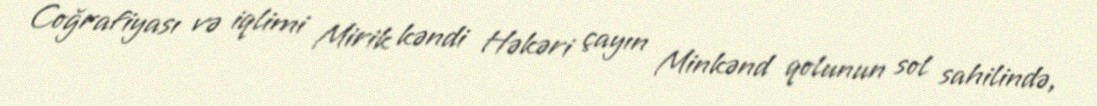
Coğrafiyası və iqlimi Mirik kəndi Həkəri çayın Minkənd qolunun sol sahilində,